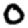
Digit: 0